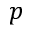
p